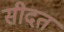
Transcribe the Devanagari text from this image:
सीदत